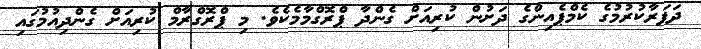
ދަފަރާކުރުމުގެ ކެމްޕެއިންގެ ދަށުން ކުރިއަށް ގެންދާ ޕްރޮގްމާމެކެވެ. މި ޕްރޮގްރާމް ކުރިއަށް ގެންދިއުމުގައި